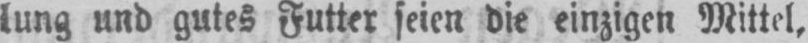
lung und gutes Futter seien die einzigen Mittel,